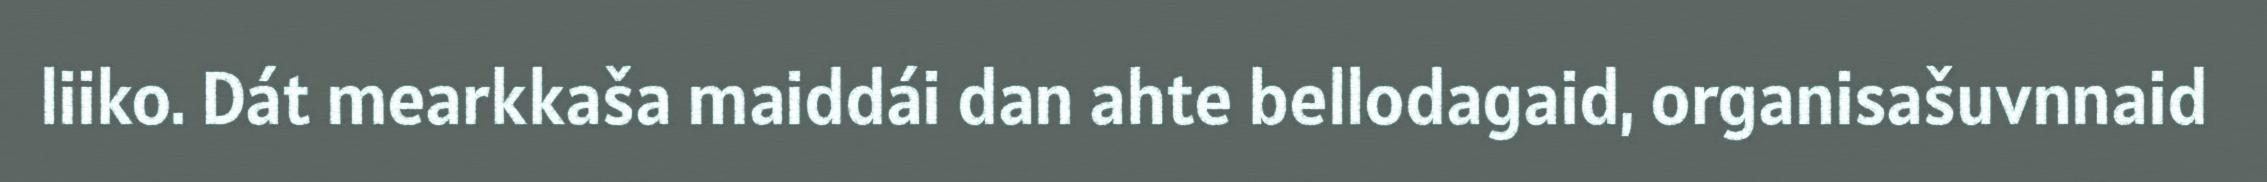
liiko. Dát mearkkaša maiddái dan ahte bellodagaid, organisašuvnnaid